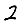
Digit: 2